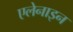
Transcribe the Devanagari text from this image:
एलेनाइन